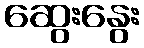
ဆွေးနွေး